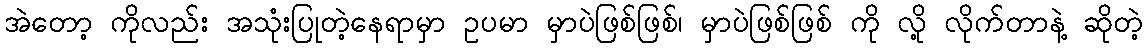
အဲတော့ ကိုလည်း အသုံးပြုတဲ့နေရာမှာ ဥပမာ မှာပဲဖြစ်ဖြစ်၊ မှာပဲဖြစ်ဖြစ် ကို လို့ လိုက်တာနဲ့ ဆိုတဲ့